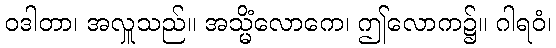
ဝဒါတာ၊ အလှူသည်။ အသ္မိံလောကေ၊ ဤလောက၌။ ဂါရဝံ၊